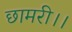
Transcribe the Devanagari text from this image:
छामरी।।